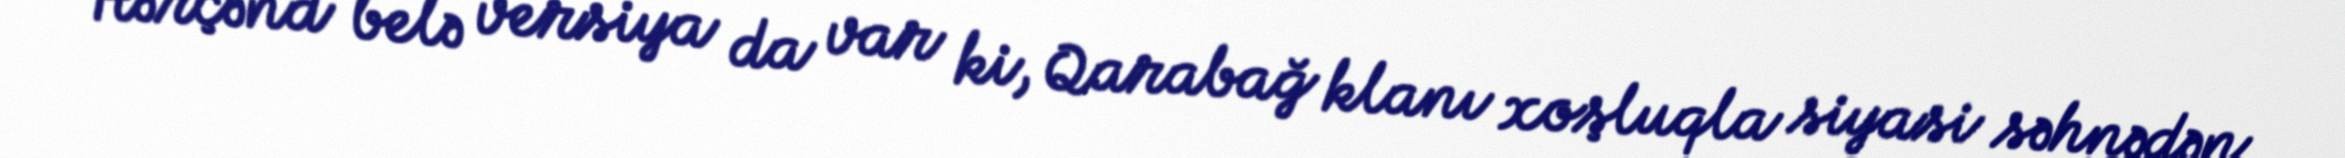
Hərçənd belə versiya da var ki, Qarabağ klanı xoşluqla siyasi səhnədən